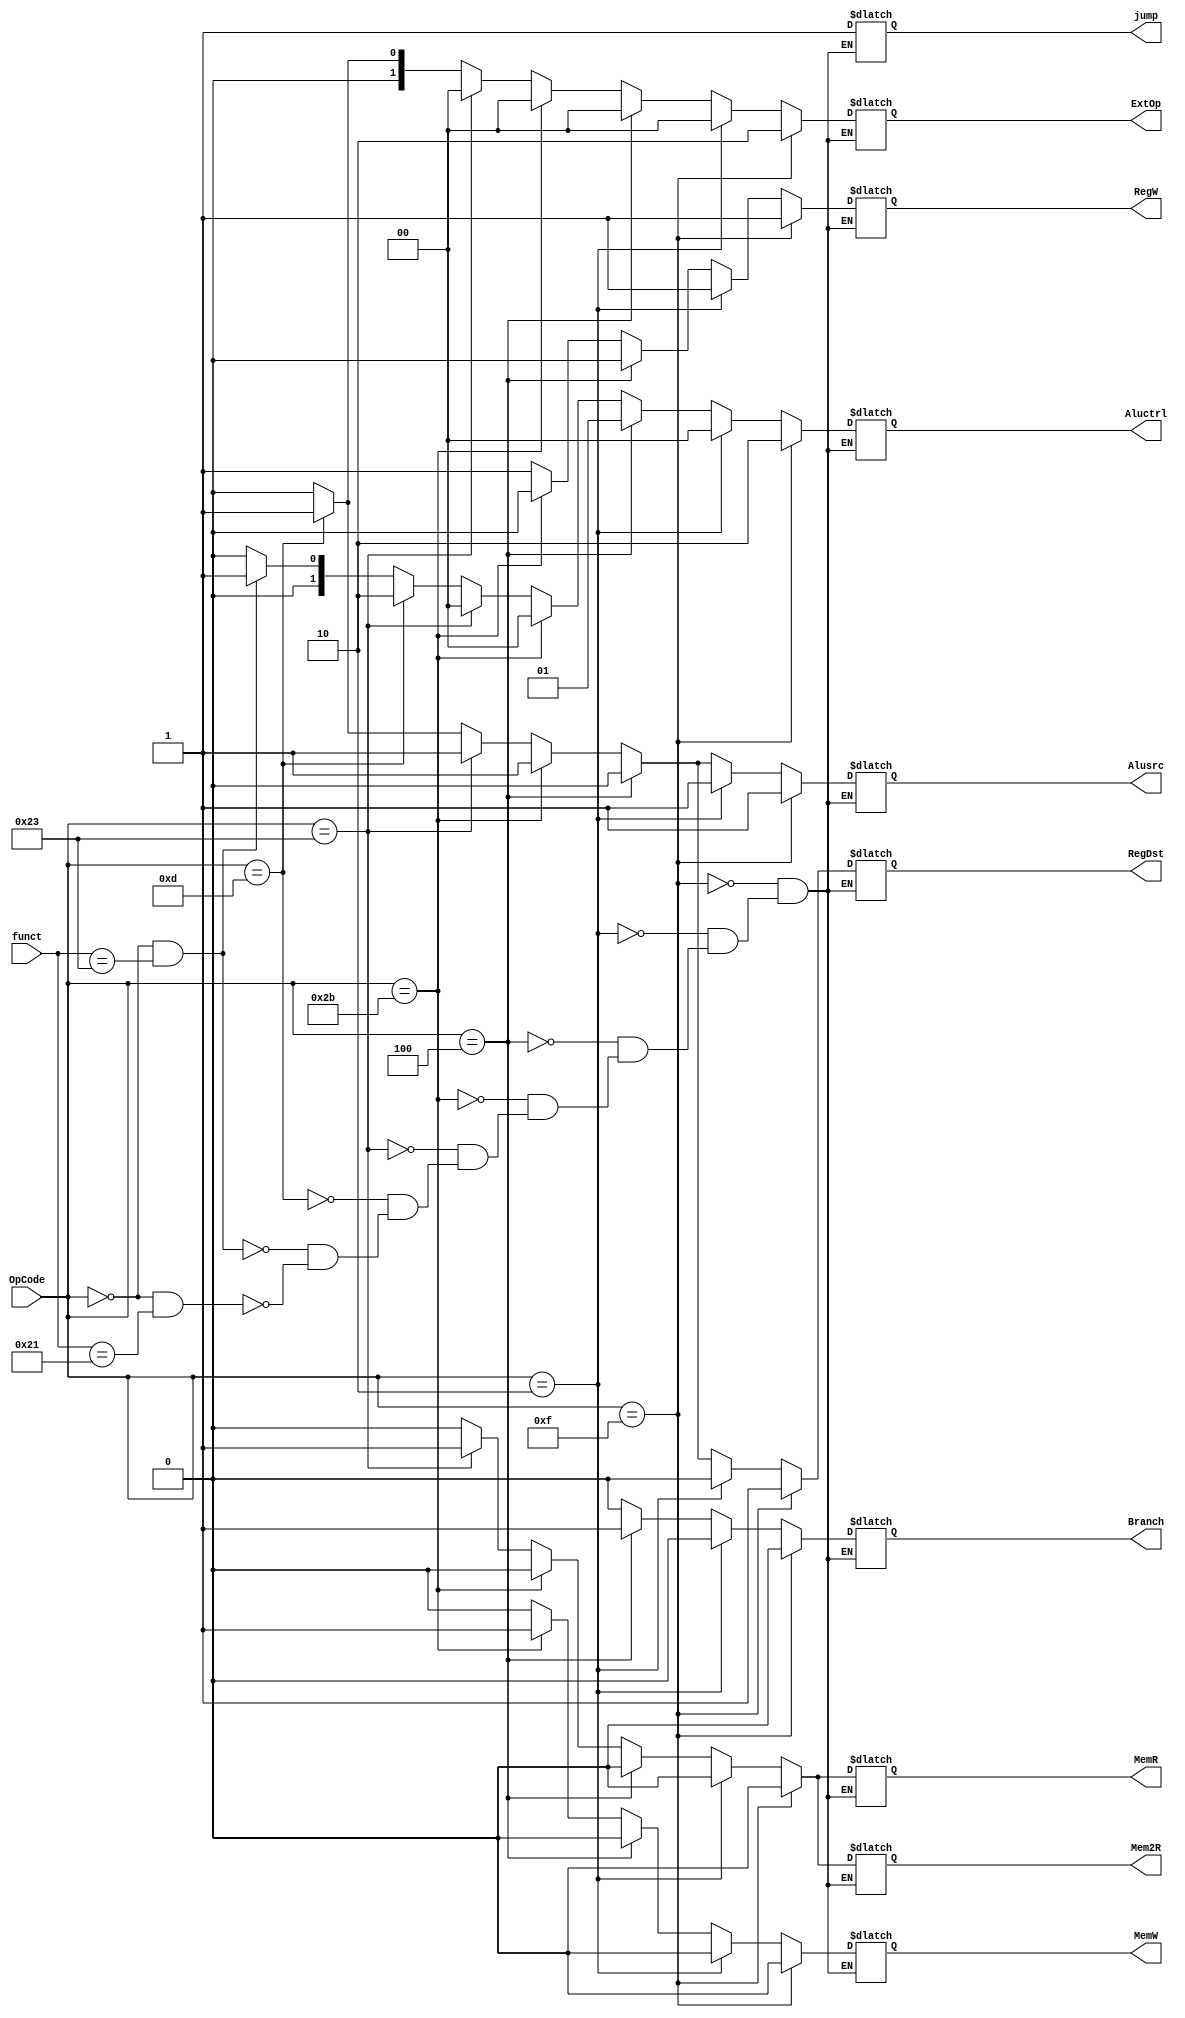
module Ctrl(jump, RegDst, Branch, MemR, Mem2R,
	MemW, RegW, Alusrc, ExtOp, Aluctrl, OpCode, funct);

	input [5:0] OpCode;				//
	input [5:0] funct;				//

	output reg jump;						//
	output reg RegDst;						
	output reg Branch;						//
	output reg MemR;						//
	output reg Mem2R;						//
	output reg MemW;						//
	output reg RegW;						//
	output reg Alusrc;						//
	output reg[1:0] ExtOp;					///
	output reg[1:0] Aluctrl;				//Alu

	always @(*) begin
		if (OpCode == 6'b000000 && funct == 6'b100001) begin //addu
			jump = 1;
			RegDst = 0;
			Branch = 0;
			MemR = 0;
			Mem2R = 0;
			MemW = 0;
			RegW = 1;
			Alusrc = 0;
			ExtOp = 2'b00;
			Aluctrl = 2'b00;
		end
		if (OpCode == 6'b000000 && funct == 6'b100011) begin //subu
			jump = 1;
			RegDst = 0;
			Branch = 0;
			MemR = 0;
			Mem2R = 0;
			MemW = 0;
			RegW = 1;
			Alusrc = 0;
			ExtOp = 2'b00;
			Aluctrl = 2'b01;
		end
		if (OpCode == 6'b001101) begin //ori
			jump = 1;
			RegDst = 1;
			Branch = 0;
			MemR = 0;
			Mem2R = 0;
			MemW = 0;
			RegW = 1;
			Alusrc = 1;
			ExtOp = 2'b01;
			Aluctrl = 2'b10;
		end
		if (OpCode == 6'b100011) begin //lw
			jump = 1;
			RegDst = 1;
			Branch = 0;
			MemR = 1;
			Mem2R = 1;
			MemW = 0;
			RegW = 1;
			Alusrc = 1;
			ExtOp = 2'b00;
			Aluctrl = 2'b00;
		end
		if (OpCode == 6'b101011) begin //sw
			jump = 1;
			RegDst = 1;
			Branch = 0;
			MemR = 0;
			Mem2R = 0;
			MemW = 1;
			RegW = 0;
			Alusrc = 1;
			ExtOp = 2'b00;
			Aluctrl = 2'b00;
		end
		if (OpCode == 6'b000100) begin //beq
			jump = 1;
			RegDst = 0;
			Branch = 1;
			MemR = 0;
			Mem2R = 0;
			MemW = 0;
			RegW = 0;
			Alusrc = 0;
			ExtOp = 2'b00;
			Aluctrl = 2'b01;
		end
		if (OpCode == 6'b000010) begin //j
			jump = 1;
			RegDst = 0;
			Branch = 0;
			MemR = 0;
			Mem2R = 0;
			MemW = 0;
			RegW = 1;
			Alusrc = 1;
			ExtOp = 2'b00;
			Aluctrl = 2'b00;
		end
		if (OpCode == 6'b001111) begin //lui
			jump = 1;
			RegDst = 1;
			Branch = 0;
			MemR = 0;
			Mem2R = 0;
			MemW = 0;
			RegW = 1;
			Alusrc = 1;
			ExtOp = 2'b10;
			Aluctrl = 2'b10;
		end
	end

endmodule